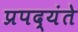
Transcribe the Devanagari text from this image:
प्रपद्यंते